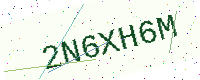
Text: 2N6XH6M